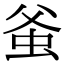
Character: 𧉊